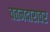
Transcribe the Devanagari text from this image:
वतनदारावर